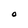
Character: O